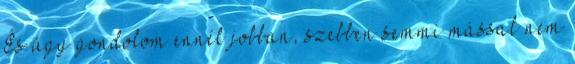
És úgy gondolom ennél jobban, szebben semmi mással nem